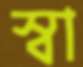
স্বা